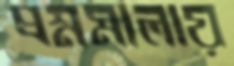
প্রশ্নমালায়